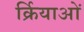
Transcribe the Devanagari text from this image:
र्क्रियाओं